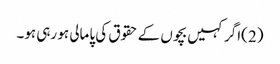
(2 )اگر کہیں بچوں کے حقوق کی پامالی ہو رہی ہو۔